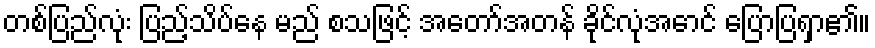
တစ်ပြည်လုံး ပြည့်သိပ်နေ မည် စသဖြင့် အတော်အတန် ခိုင်လုံအောင် ပြောပြရှာ၏။